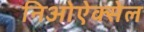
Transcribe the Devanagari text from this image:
निओऐक्सेल